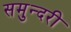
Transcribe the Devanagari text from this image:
समुन्दरी